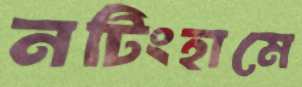
নটিংহামে